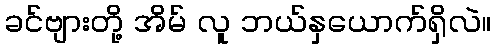
ခင်ဗျားတို့ အိမ် လူ ဘယ်နှယောက်ရှိလဲ။